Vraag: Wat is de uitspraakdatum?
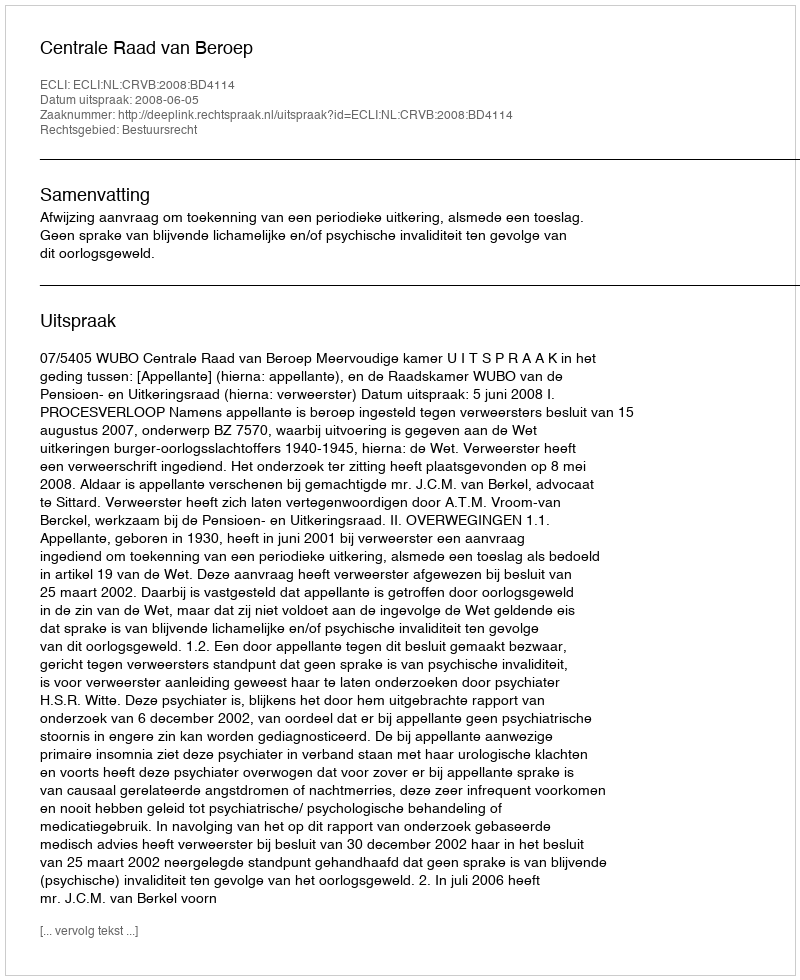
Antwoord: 2008-06-05